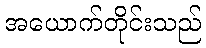
အယောက်တိုင်းသည်